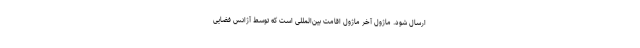
ارسال شود. ماژول آخر ماژول اقامت بین‌المللی است که توسط آژانس فضایی